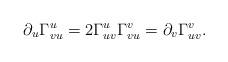
LaTeX: \begin{align*} \partial_u\Gamma_{vu}^u=2\Gamma_{uv}^u\Gamma_{vu}^v=\partial_v\Gamma_{uv}^v.\end{align*}